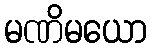
မဏိမယော